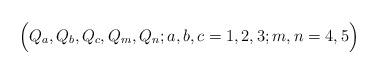
LaTeX: \begin{align*}\Bigr( Q_{a},Q_{b},Q_{c},Q_{m},Q_{n} ; a,b,c=1,2,3; m,n=4,5\Bigl)\end{align*}